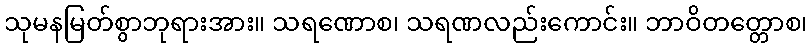
သုမနမြတ်စွာဘုရားအား။ သရဏောစ၊ သရဏလည်းကောင်း။ ဘာဝိတတ္တောစ၊